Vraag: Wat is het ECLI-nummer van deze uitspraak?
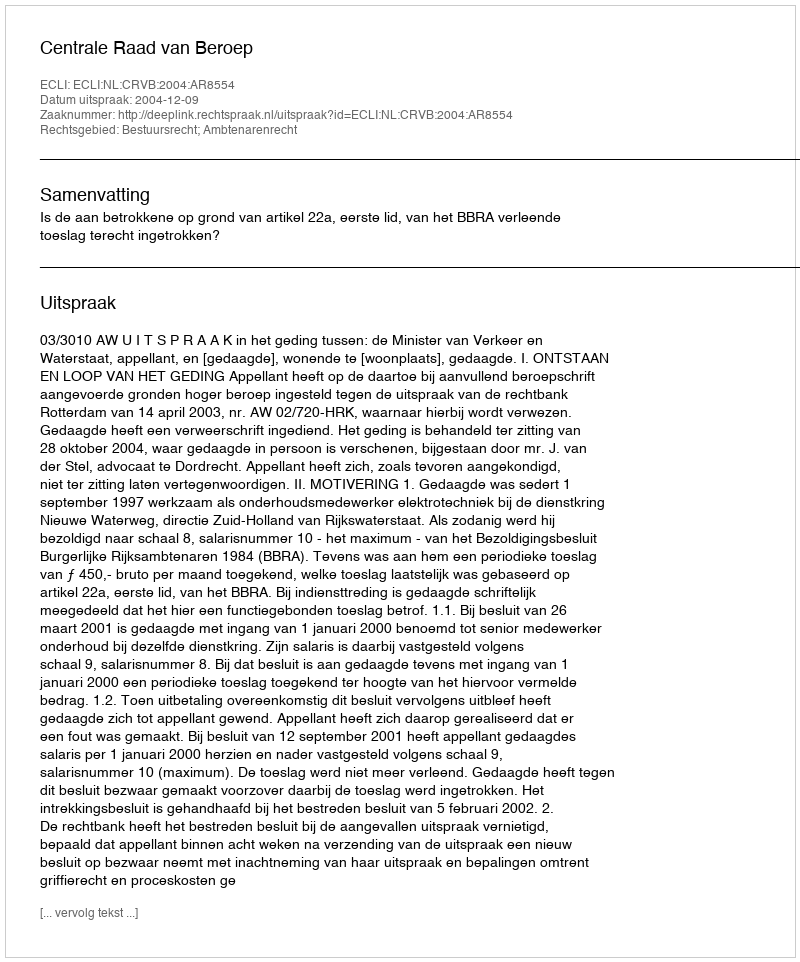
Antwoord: ECLI:NL:CRVB:2004:AR8554